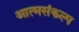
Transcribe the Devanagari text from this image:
आत्मसंकल्प